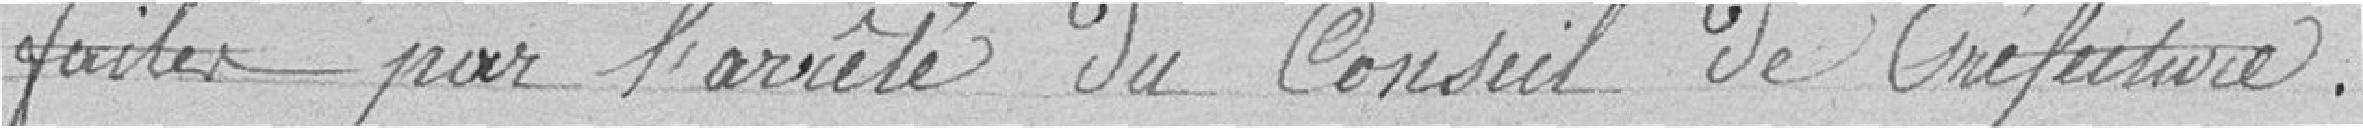
faites par l'arrété du Conseil de Préfecture.